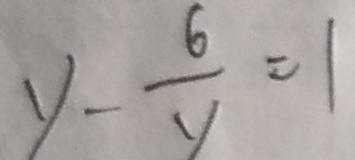
y - \frac { 6 } { y } = 1